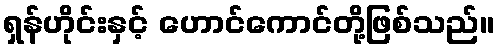
ရှန်ဟိုင်းနှင့် ဟောင်ကောင်တို့ဖြစ်သည်။